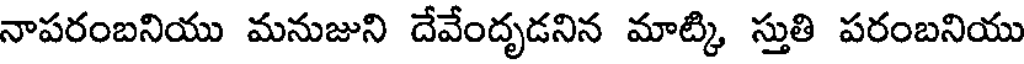
నాపరంబనియు మనుజుని దేవేందృడనిన మాట్కి స్తుతి పరంబనియు